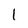
Character: l